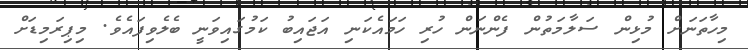
މިހާތަނަށް މުޅިން ސަލާމަތުން ފެންނަން ހުރި ހަމައެކަނި އަޖައިބު ކަމުގައިވަނީ ބެލެވިފައެވެ. މިޕިރަމިޑަށް